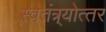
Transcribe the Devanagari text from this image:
स्वतंत्र्योत्‍तर